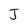
Character: J